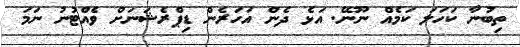
ތިބުނާ ކަހަލަ ކަމެއް ނޫނޭ. އަޅެ ދެން އަހަރެން ޑިޕްރެޝަނަށް ވެއްޓުނު ނަމަ